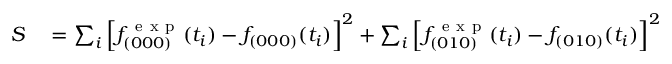
\begin{array} { r l } { S } & { { } = \sum _ { i } \left[ f _ { ( 0 0 0 ) } ^ { \mathrm { ~ e ~ x ~ p ~ } } ( t _ { i } ) - f _ { ( 0 0 0 ) } ( t _ { i } ) \right] ^ { 2 } + \sum _ { i } \left[ f _ { ( 0 1 0 ) } ^ { \mathrm { ~ e ~ x ~ p ~ } } ( t _ { i } ) - f _ { ( 0 1 0 ) } ( t _ { i } ) \right] ^ { 2 } } \end{array}